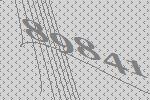
89841